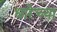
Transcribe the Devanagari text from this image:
धारेच्या